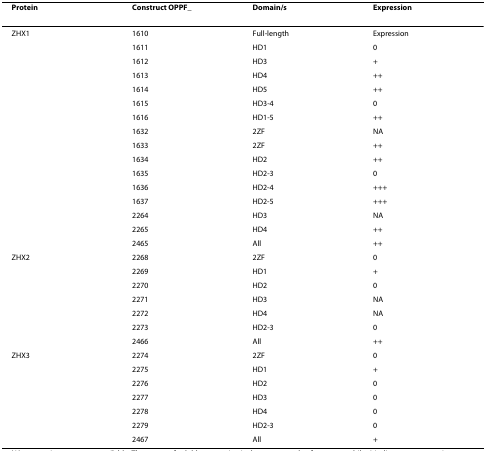
<table><thead><tr><td><b>Protein</b></td><td><b>Construct OPPF_</b></td><td><b>Domain/s</b></td><td><b>Expression</b></td></tr></thead><tbody><tr><td>ZHX1</td><td>1610</td><td>Full-length</td><td>Expression</td></tr><tr><td></td><td>1611</td><td>HD1</td><td>0</td></tr><tr><td></td><td>1612</td><td>HD3</td><td>+</td></tr><tr><td></td><td>1613</td><td>HD4</td><td>++</td></tr><tr><td></td><td>1614</td><td>HD5</td><td>++</td></tr><tr><td></td><td>1615</td><td>HD3-4</td><td>0</td></tr><tr><td></td><td>1616</td><td>HD1-5</td><td>++</td></tr><tr><td></td><td>1632</td><td>2ZF</td><td>NA</td></tr><tr><td></td><td>1633</td><td>2ZF</td><td>++</td></tr><tr><td></td><td>1634</td><td>HD2</td><td>++</td></tr><tr><td></td><td>1635</td><td>HD2-3</td><td>0</td></tr><tr><td></td><td>1636</td><td>HD2-4</td><td>+++</td></tr><tr><td></td><td>1637</td><td>HD2-5</td><td>+++</td></tr><tr><td></td><td>2264</td><td>HD3</td><td>NA</td></tr><tr><td></td><td>2265</td><td>HD4</td><td>++</td></tr><tr><td></td><td>2465</td><td>All</td><td>++</td></tr><tr><td>ZHX2</td><td>2268</td><td>2ZF</td><td>0</td></tr><tr><td></td><td>2269</td><td>HD1</td><td>+</td></tr><tr><td></td><td>2270</td><td>HD2</td><td>0</td></tr><tr><td></td><td>2271</td><td>HD3</td><td>NA</td></tr><tr><td></td><td>2272</td><td>HD4</td><td>NA</td></tr><tr><td></td><td>2273</td><td>HD2-3</td><td>0</td></tr><tr><td></td><td>2466</td><td>All</td><td>++</td></tr><tr><td>ZHX3</td><td>2274</td><td>2ZF</td><td>0</td></tr><tr><td></td><td>2275</td><td>HD1</td><td>+</td></tr><tr><td></td><td>2276</td><td>HD2</td><td>0</td></tr><tr><td></td><td>2277</td><td>HD3</td><td>0</td></tr><tr><td></td><td>2278</td><td>HD4</td><td>0</td></tr><tr><td></td><td>2279</td><td>HD2-3</td><td>0</td></tr><tr><td></td><td>2467</td><td>All</td><td>+</td></tr></tbody></table>